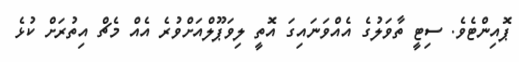
ޕޮއިންޓެވެ. ސިޓީ ތާވަލުގެ އެއްވަނައިގަ އޮތީ ލިވަޕޫލްއަށްވުރެ އެއް މެޗް އިތުރަށް ކުޅެ